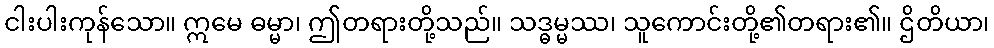
ငါးပါးကုန်သော။ ဣမေ ဓမ္မာ၊ ဤတရားတို့သည်။ သဒ္ဓမ္မဿ၊ သူကောင်းတို့၏တရား၏။ ဌိတိယာ၊